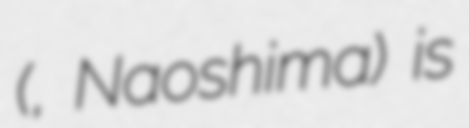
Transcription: (直島, Naoshima) is